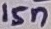
Text: 15n